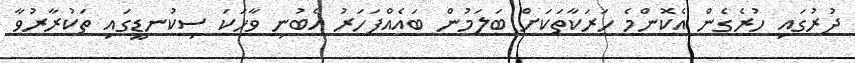
ދުރުގައި ހުރެގެން އެކޮންމެ ހަރަކާތަކަށް ބަލަމުން ބައެއްފަހަރު އެބުނި ވާހަކަ ސިކުނޑީގައި ތަކުރާރުވާ